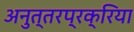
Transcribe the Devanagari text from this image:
अनुत्तरप्रक्रिया